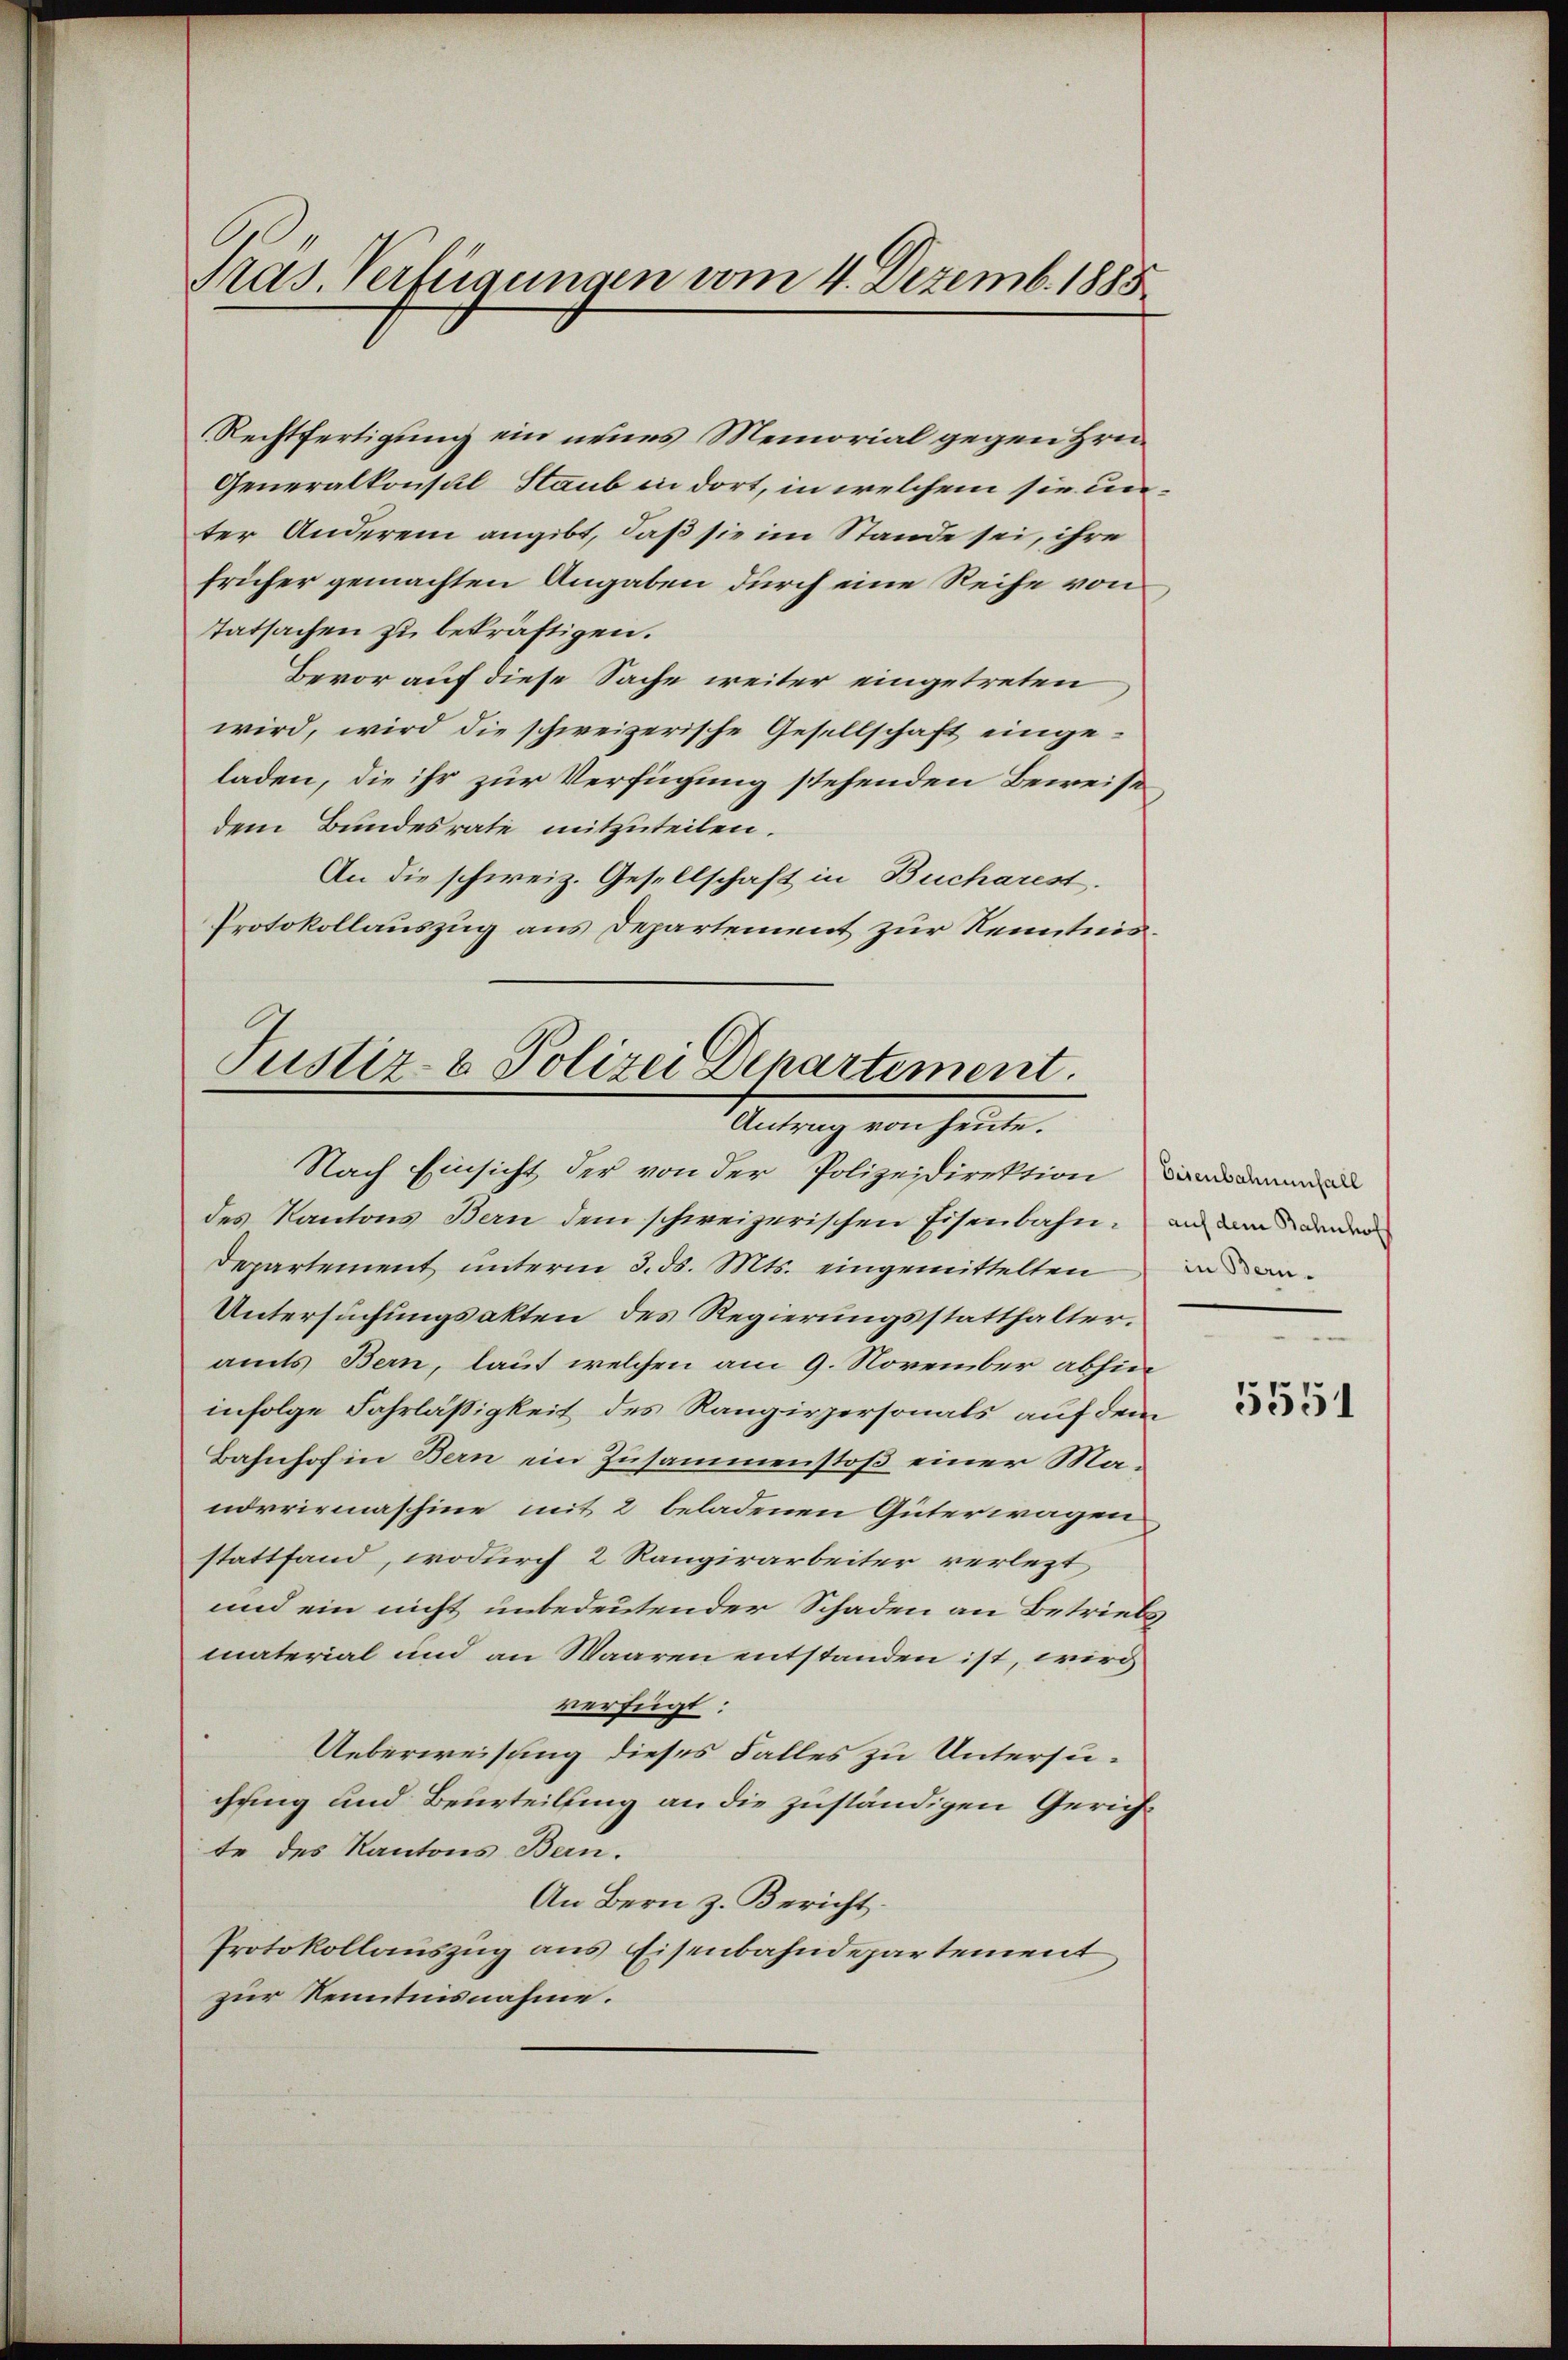
Pras. Verfügungen vom 4. Dezemb. 1885

Rechtfertigung ein neues Memorial gegen Hrn.
Generalkonsul Staub in dort, in welchem sie unter Anderem angibt, daß sie im Stande sei, ihre
früher gemachten Angaben durch eine Reihe von
Tatsachen zu bekräftigen.
Bevor auf diese Sache weiter eingetreten
wird, wird die schweizerische Gesellschaft eingeladen, die ihr zur Verfügung stehenden Beweise
dem Bundesrate mitzuteilen.
An die schweiz. Gesellschaft in Bucharest.
Protokollauszug aus Departement zur Kenntnis¬

Justiz- & Polizei Departement.
Antrag von heute.

Nach Einsicht der von der Polizeidirektion an
des Kantons Bern dem schweizerischen Eisenbahn, an dem denen
Departement unterm 3. ds. Mts. eingemittelten
Untersuchungsakten des Regierungsstatthalter.
amts Bern, laut welchen am 9. November abhin
infolge Fahrlässigkeit des Rangirpersonals auf dem
Bahnhof in Bern ein Zusammenstoß einer Manorrirmaschine mit 2 beladenen Güterwagen
stattfand, wodurch 2 Rangirarbeiter verlezt
und ein nicht unbedeutender Schaden an Betriebs
material und an Waaren entstanden ist, wird
verfügt:
Ueberweisung dieses Falles zu Untersuchung und Beurteilung an die zuständigen Gerichte des Kantons Bern.
An Bern z. Bericht.
Protokollauszug aus Eisenbahndepartement
zur Kenntnisnahme.

in Bern.

5551